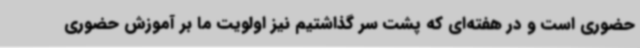
حضوری است و در هفته‌ای که پشت سر گذاشتیم نیز اولویت ما بر آموزش حضوری